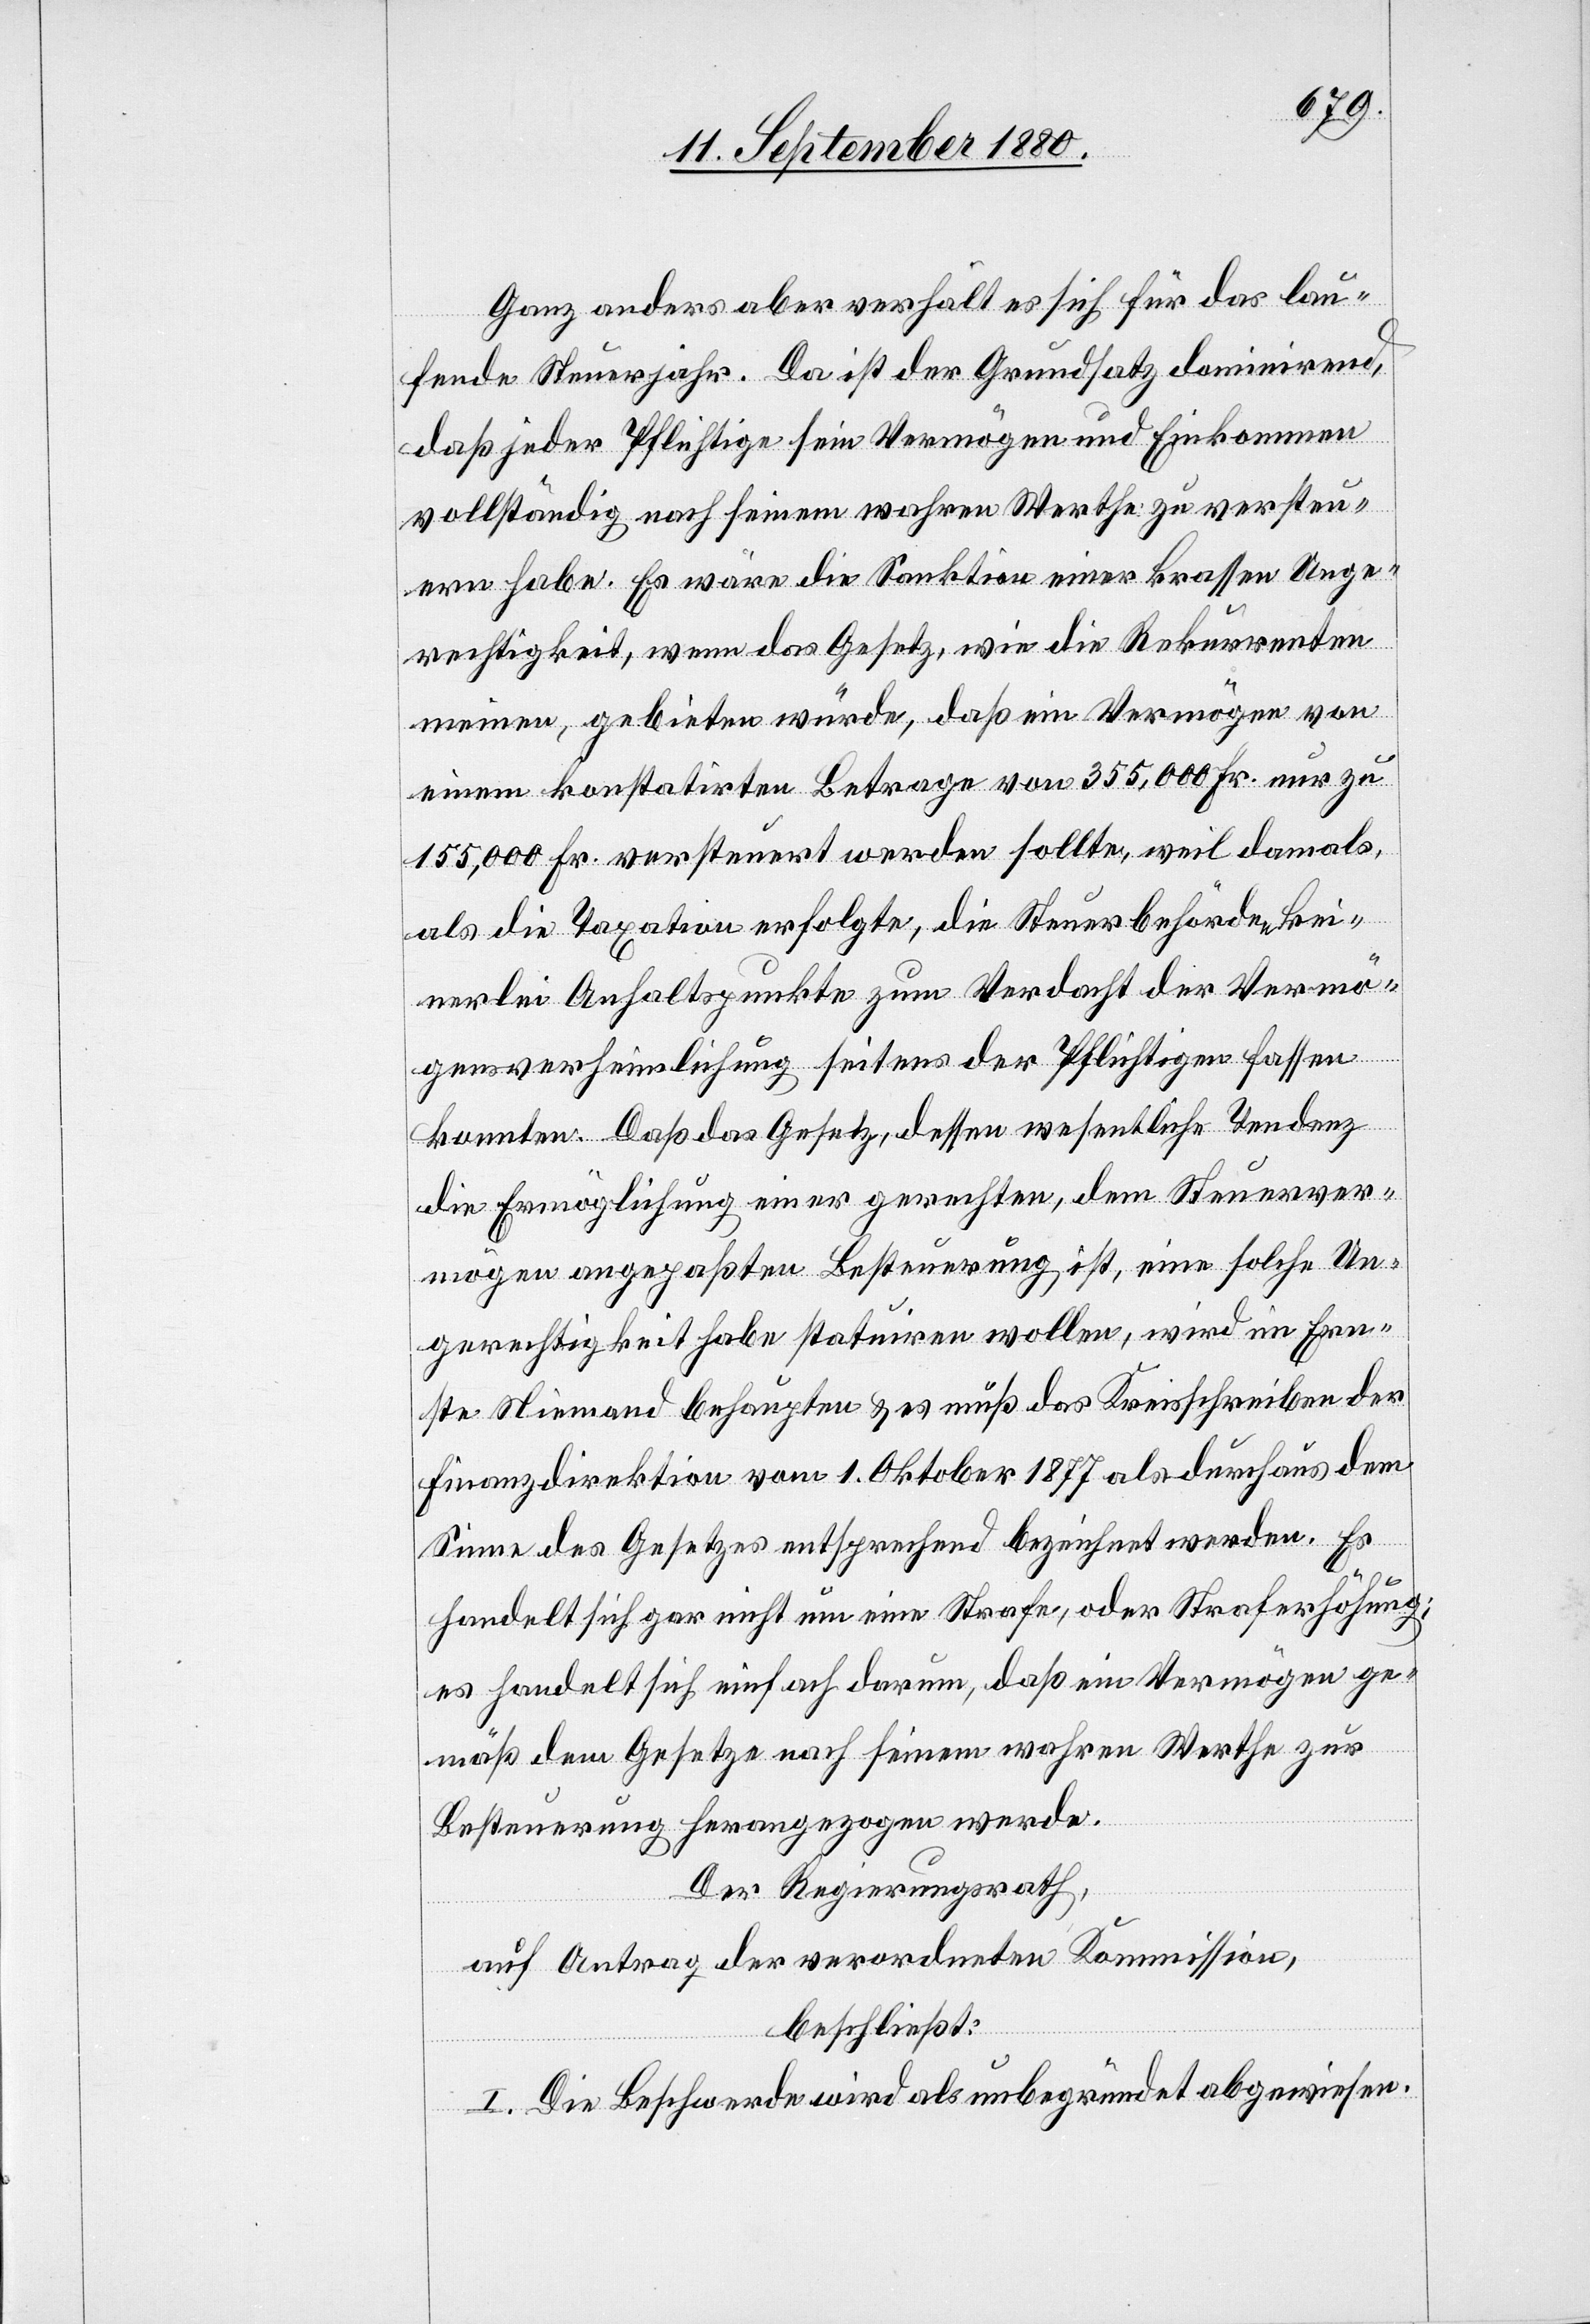
Ganz anders aber verhält es sich für das lau¬
fende Steuerjahr. Da ist der Grundsatz dominirend,
daß jeder Pflichtige sein Vermögen und Einkommen
vollständig nach seinem wahren Werthe zu versteu¬
ern habe. Es wäre die Sanktion einer krassen Unge¬
rechtigkeit, wenn das Gesetz, wie die Rekurrenten
meinen, gebieten würde, daß ein Vermögen von
einem konstatirten Betrage von 355,000 Fr. nur zu
155,000 Fr. versteuert werden sollte, weil damals
als die Taxation erfolgte, die Steuerbehörden kei¬
nerlei Anhaltspunkte zum Verdacht der Vermö¬
gensverheimlichung seitens der Pflichtigen fassen
konnten. Daß das Gesetz, dessen wesentliche Tendenz
die Ermöglichung einer gerechten, dem Steuerver¬
mögen angepaßten Besteuerung ist, eine solche Un¬
gerechtigkeit habe statuiren wollen, wird im Ern¬
ste Niemand behaupten & es muß das Kreisschreiben der
Finanzdirektion vom 1. Oktober 1877 als durchaus dem
Sinne des Gesetzes entsprechend bezeichnet werden. Es
handelt sich gar nicht um eine Strafe, oder Straferhöhung;
es handelt sich einfach darum, daß ein Vermögen ge¬
mäß dem Gesetze nach seinem wahren Werthe zur
Besteuerung herangezogen werde.
Der Regierungsrath,
auf Antrag der verordneten Kommission,
beschließt:
I. Die Beschwerde wird als unbegründet abgewiesen.